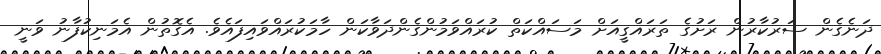
ދަނެގެން ސަރުކާރުން ރަށުގެ ތަރައްގީއަށް މަސައްކަތް ކުރައްވަމުންގެންދަވާކަން ހާމަކުރައްވައިފައެވެ. އެގޮތުން އެމަނިކުފާނު ވަނީ